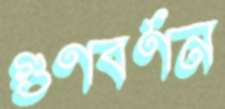
গুণবর্ণন